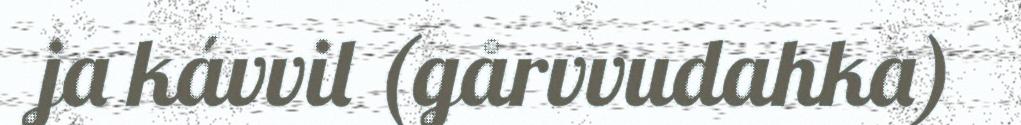
ja kávvil (gårvvudahka)